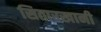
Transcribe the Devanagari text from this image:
सितारखानी